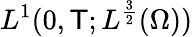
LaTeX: L^{1}(0,\mathsf{T};L^{\frac{3}{2}}(\Omega))